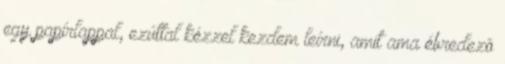
egy papírlappal, ezúttal kézzel kezdem leírni, amit ama ébredezõ